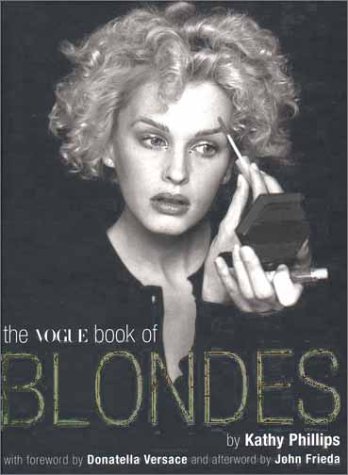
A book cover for The Vogue Book of Blondes; Kathy Phillips; Health, Fitness & Dieting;